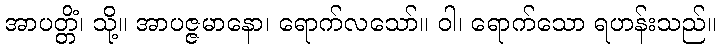
အာပတ္တိံ၊ သို့။ အာပဇ္ဇမာနော၊ ရောက်လသော်။ ဝါ၊ ရောက်သော ရဟန်းသည်။